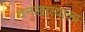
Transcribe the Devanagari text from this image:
वनखात्याला